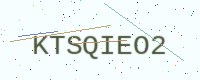
Text: KTSQIEO2